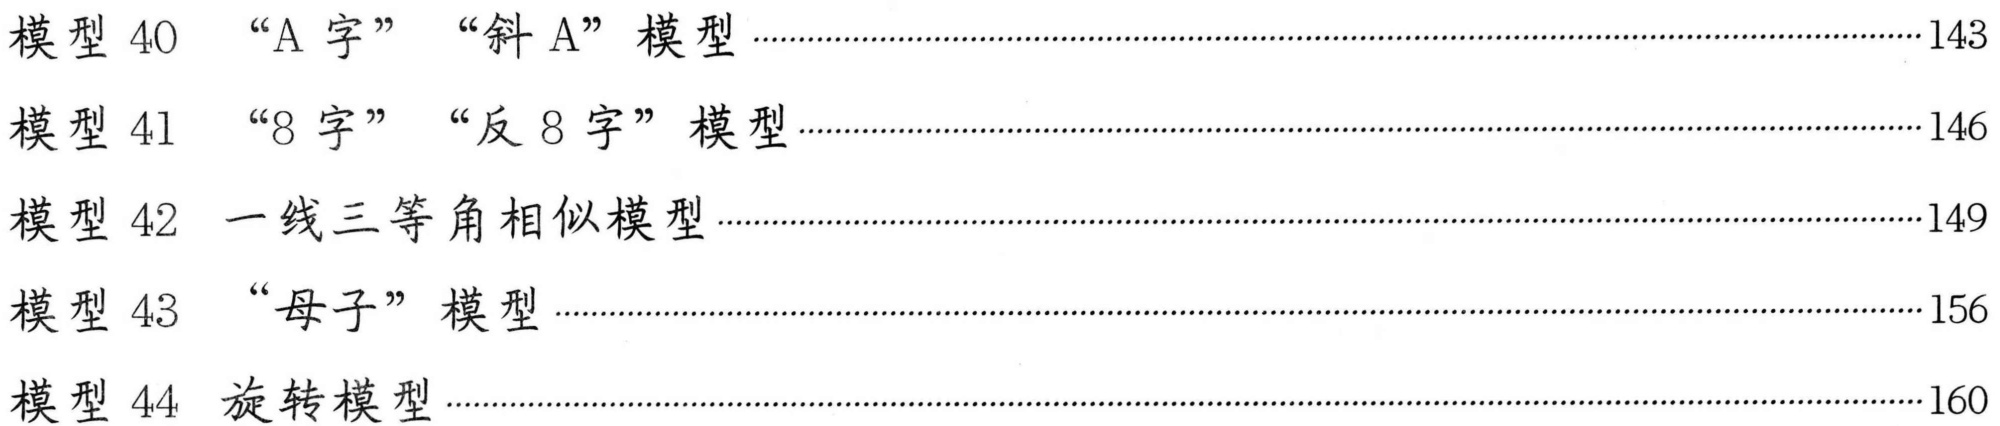
模型 40 “A 字” “斜 A” 模型··································································································································································································································································································································································································································································································································································································································································································································································································································································································································································································································································································································································································································································································································································································································································································································································································································································································································································································································································································································································································································································································································································································································································································································································································································································································································································································································································································································································································································································································································································································································································································································································································································································································································································································································································································································································································································································································································································································································································································································································································································································································································································································································································································································································································································································································································································································································································································································································································································································································································································································································································································································································································································································································································································································································································································································································································································································································································································································································································································································································································································································································································································································································································································································································································································································································································································································································································································································································································································································································································································································································································································································································································································································································································································································································································································································································································································································································································································································································································································································································································································································································································································································································································································································································································································································································